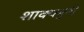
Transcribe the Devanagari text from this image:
शाक्यमुनी